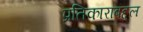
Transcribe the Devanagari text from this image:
प्रतिकाराबद्दल